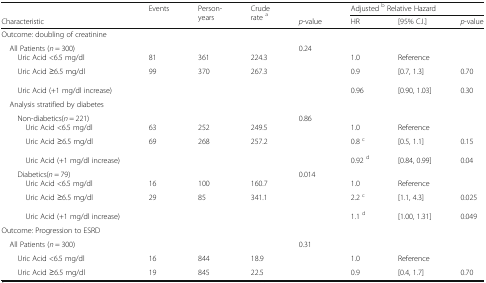
<table><thead><tr><td></td><td rowspan="2"><b>Events</b></td><td rowspan="2"><b>Person- years</b></td><td rowspan="2"><b>Crude rate <sup>a</sup></b></td><td></td><td colspan="3"><b>Adjusted <sup>b</sup> Relative Hazard</b></td></tr><tr><td><b>Characteristic</b></td><td><b><i>p</i>-value</b></td><td><b>HR</b></td><td><b>[95% C.I.]</b></td><td><b><i>p</i>-value</b></td></tr></thead><tbody><tr><td colspan="8">Outcome: doubling of creatinine</td></tr><tr><td> All Patients (<i>n</i> = 300)</td><td></td><td></td><td></td><td>0.24</td><td></td><td></td><td></td></tr><tr><td>Uric Acid &lt;6.5 mg/dl</td><td>81</td><td>361</td><td>224.3</td><td></td><td>1.0</td><td>Reference</td><td></td></tr><tr><td>Uric Acid ≥6.5 mg/dl</td><td>99</td><td>370</td><td>267.3</td><td></td><td>0.9</td><td>[0.7, 1.3]</td><td>0.70</td></tr><tr><td>Uric Acid (+1 mg/dl increase)</td><td></td><td></td><td></td><td></td><td>0.96</td><td>[0.90, 1.03]</td><td>0.30</td></tr><tr><td> Analysis stratified by diabetes</td><td></td><td></td><td></td><td></td><td></td><td></td><td></td></tr><tr><td>Non-diabetics(<i>n</i> = 221)</td><td></td><td></td><td></td><td>0.86</td><td></td><td></td><td></td></tr><tr><td>Uric Acid &lt;6.5 mg/dl</td><td>63</td><td>252</td><td>249.5</td><td></td><td>1.0</td><td>Reference</td><td></td></tr><tr><td>Uric Acid ≥6.5 mg/dl</td><td>69</td><td>268</td><td>257.2</td><td></td><td>0.8 <sup>c</sup></td><td>[0.5, 1.1]</td><td>0.15</td></tr><tr><td>Uric Acid (+1 mg/dl increase)</td><td></td><td></td><td></td><td></td><td>0.92 <sup>d</sup></td><td>[0.84, 0.99]</td><td>0.04</td></tr><tr><td>Diabetics(<i>n</i> = 79)</td><td></td><td></td><td></td><td>0.014</td><td></td><td></td><td></td></tr><tr><td>Uric Acid &lt;6.5 mg/dl</td><td>16</td><td>100</td><td>160.7</td><td></td><td>1.0</td><td>Reference</td><td></td></tr><tr><td>Uric Acid ≥6.5 mg/dl</td><td>29</td><td>85</td><td>341.1</td><td></td><td>2.2 <sup>c</sup></td><td>[1.1, 4.3]</td><td>0.025</td></tr><tr><td>Uric Acid (+1 mg/dl increase)</td><td></td><td></td><td></td><td></td><td>1.1 <sup>d</sup></td><td>[1.00, 1.31]</td><td>0.049</td></tr><tr><td colspan="8">Outcome: Progression to ESRD</td></tr><tr><td> All Patients (<i>n</i> = 300)</td><td></td><td></td><td></td><td>0.31</td><td></td><td></td><td></td></tr><tr><td>Uric Acid &lt;6.5 mg/dl</td><td>16</td><td>844</td><td>18.9</td><td></td><td>1.0</td><td>Reference</td><td></td></tr><tr><td>Uric Acid ≥6.5 mg/dl</td><td>19</td><td>845</td><td>22.5</td><td></td><td>0.9</td><td>[0.4, 1.7]</td><td>0.70</td></tr></tbody></table>